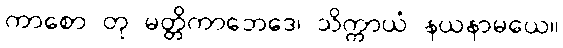
ကာစော တု မတ္တိကာဘေဒေ၊ သိက္ကာယံ နယနာမယေ။